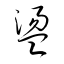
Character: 盪